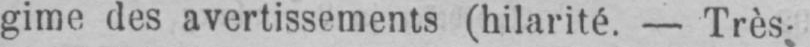
gime des avertissements (hilarité. - Très-